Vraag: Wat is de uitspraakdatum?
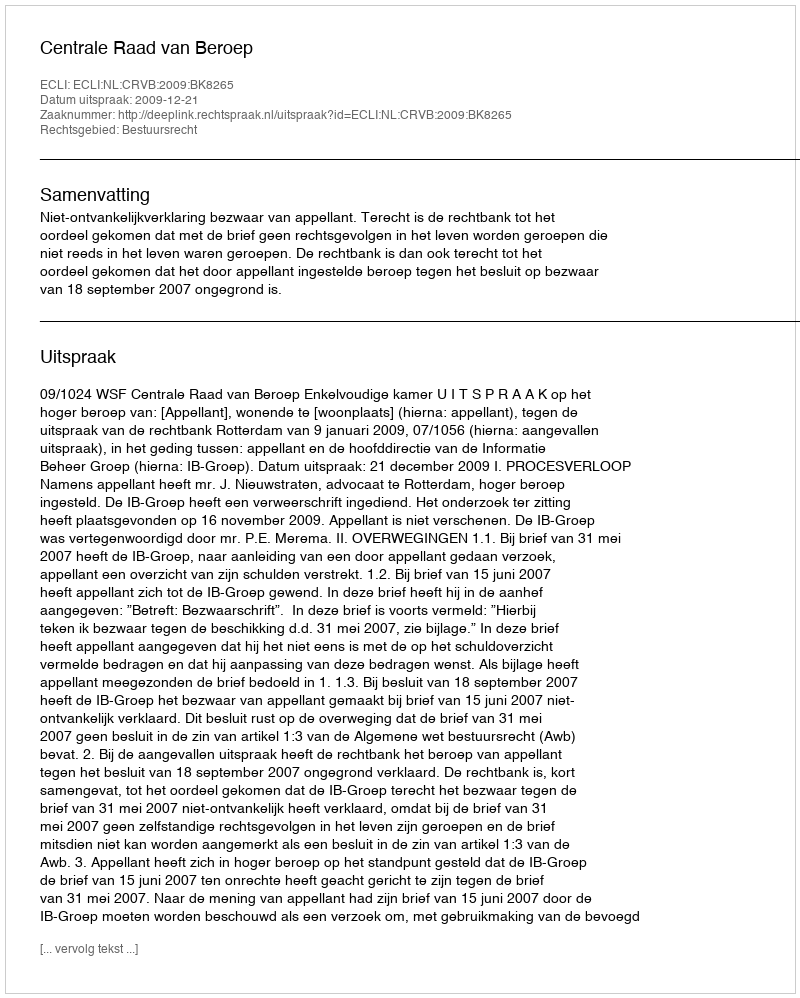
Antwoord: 2009-12-21